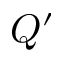
Q ^ { \prime }